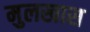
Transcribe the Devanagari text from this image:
मुलखास